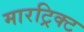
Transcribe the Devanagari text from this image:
मारट्रिक्ट